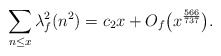
\begin{align*}\sum_{n \leq x}\lambda^2_{f}(n^2)=c_{2}x+O_f\big(x^{\frac{566}{737}}\big).\end{align*}